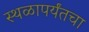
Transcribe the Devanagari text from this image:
स्थळापर्यंतचा